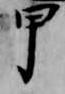
甲